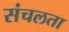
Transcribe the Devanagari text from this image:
संचलता